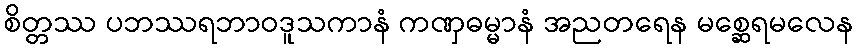
စိတ္တဿ ပဘဿရဘာဝဒူသကာနံ ကဏှဓမ္မာနံ အညတရေန မစ္ဆေရမလေန